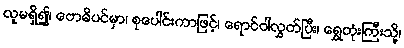
လူမရှိ၍၊ ဗောဓိပင်မှာ၊ စုပေါင်းကာဖြင့်၊ ရောင်ဝါလွှတ်ပြီး၊ ရွှေတုံးကြီးသို့၊